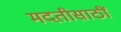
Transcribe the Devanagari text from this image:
मदतीसाठीं